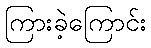
ကြားခဲ့ကြောင်း